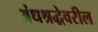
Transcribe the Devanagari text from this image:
अंधश्रद्धेवरील